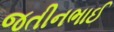
જતીનભાઈ